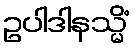
ဥပါဒါနသ္မိံ